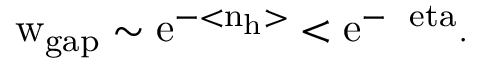
\mathrm { w _ { g a p } \sim e ^ { - < n _ { h } > } < e ^ { - \Delta \ e t a } . }